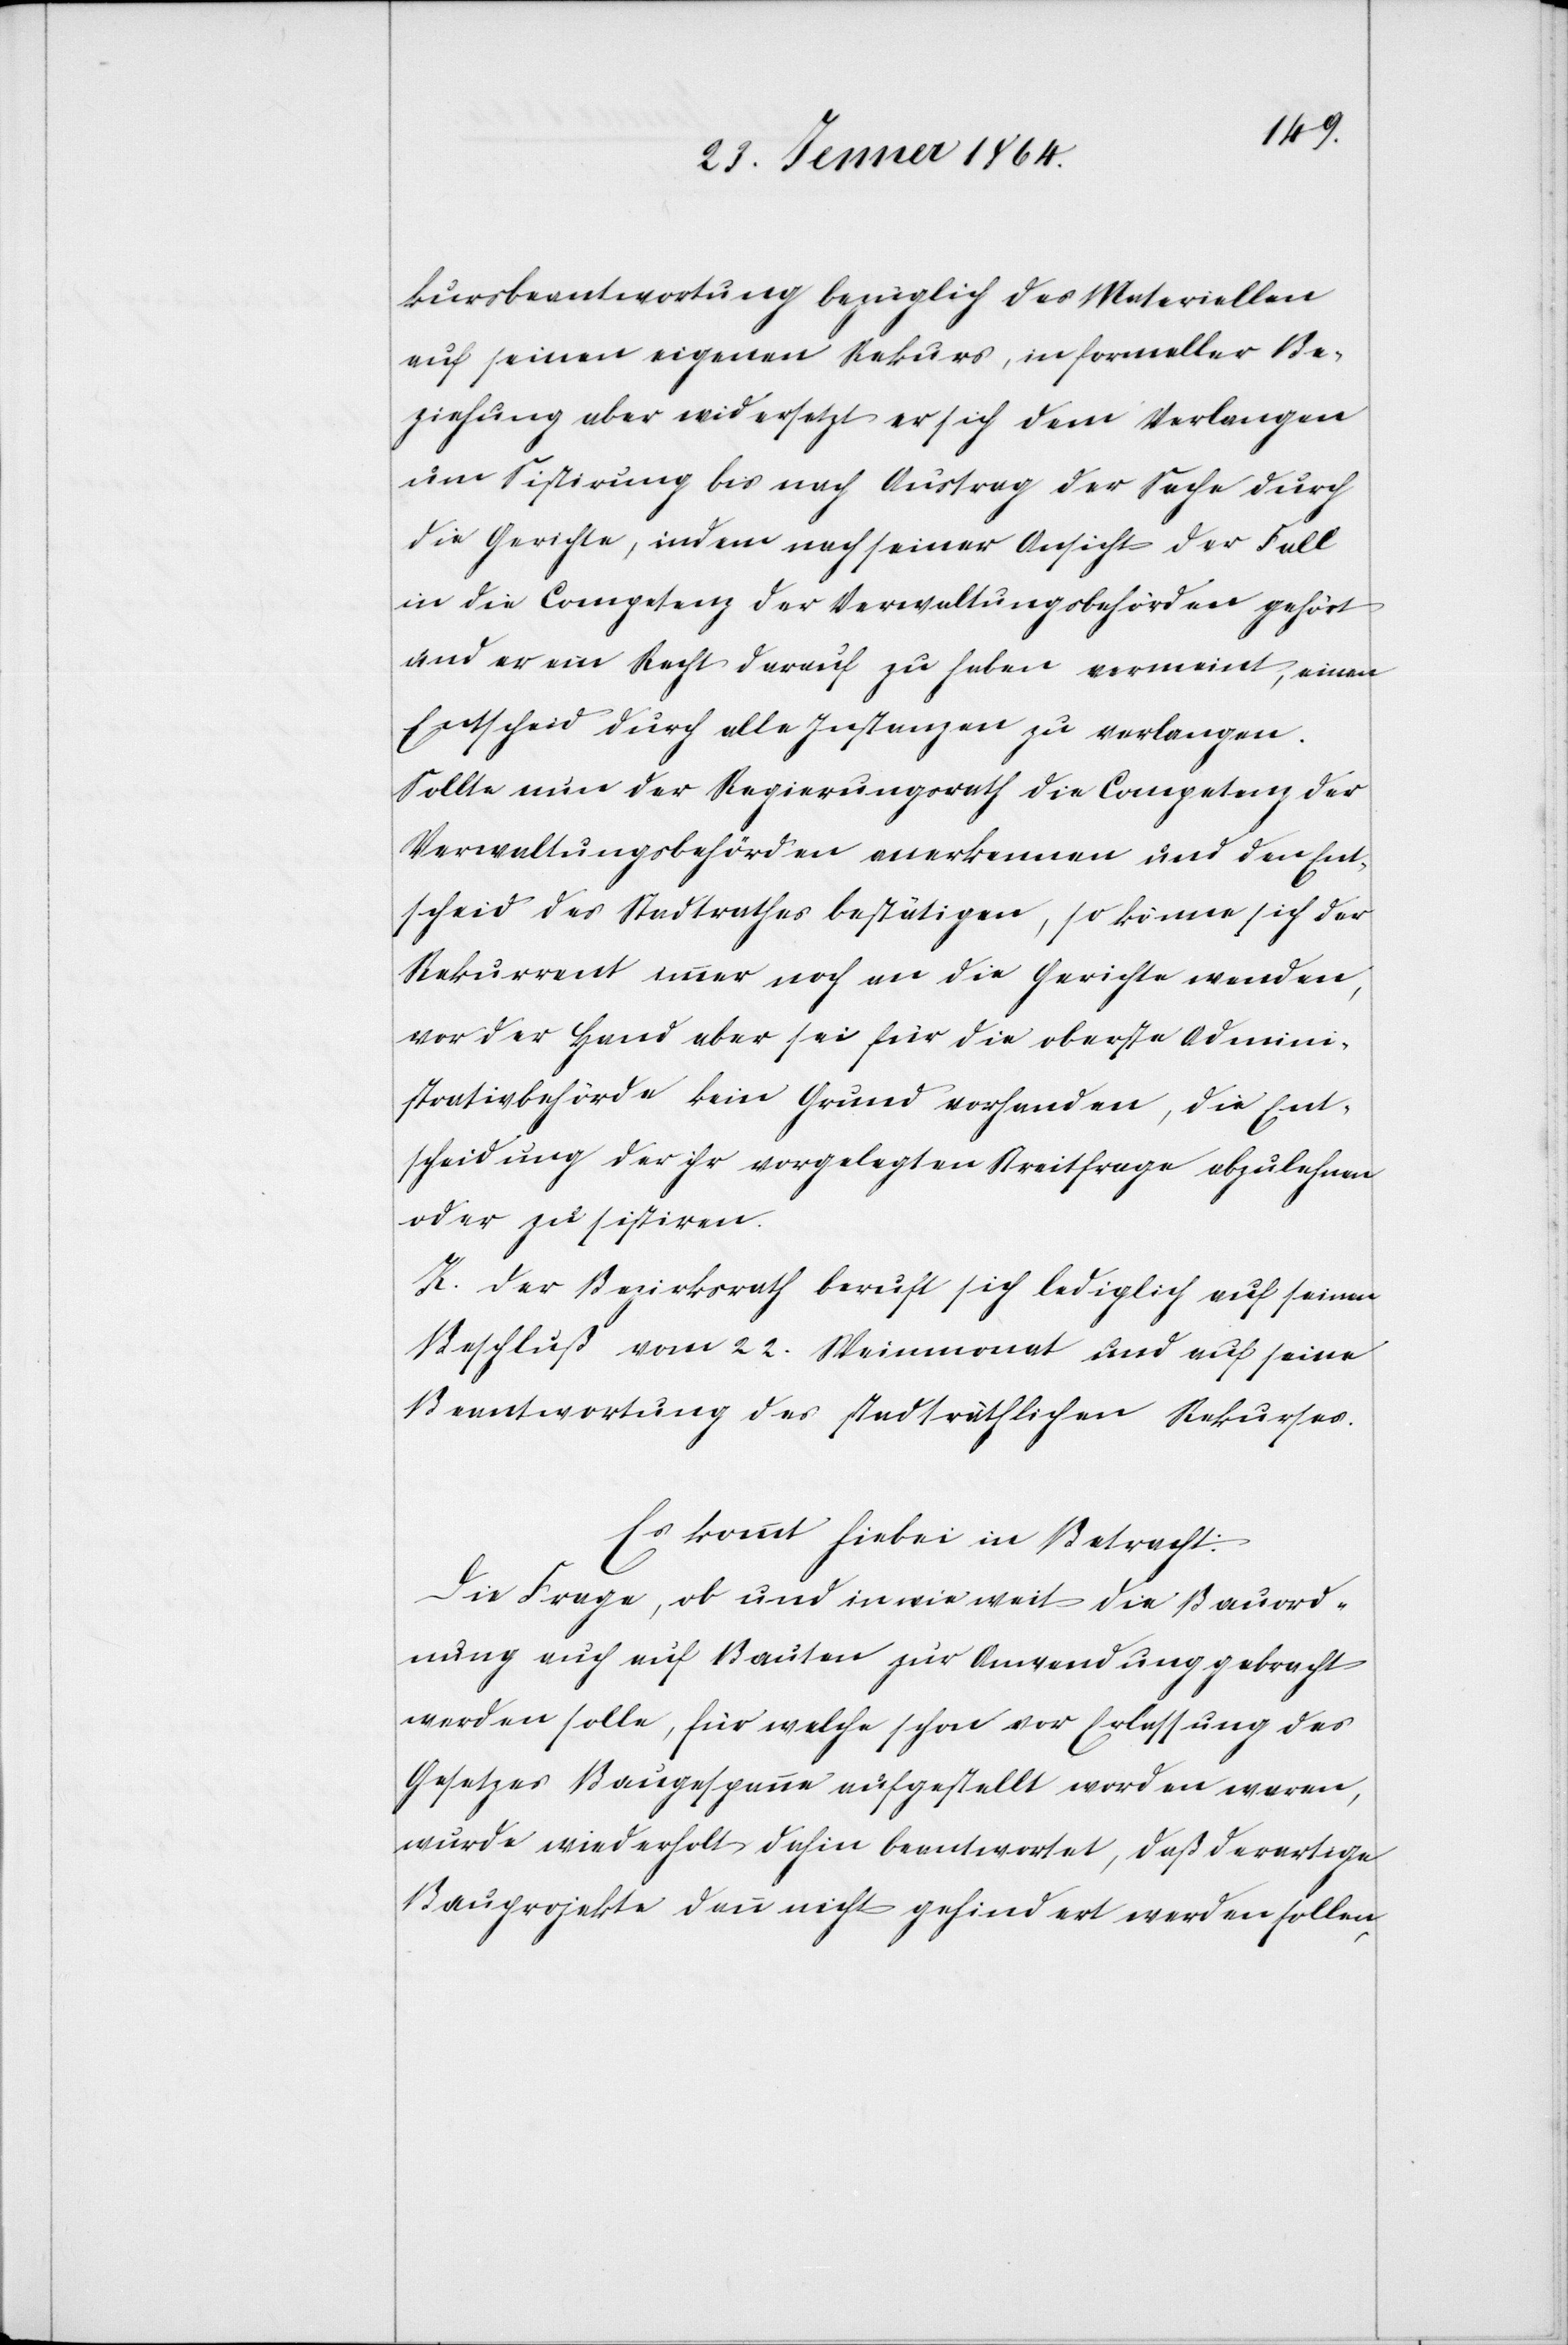
kursbeantwortung bezüglich des Materiellen
auf seinen eigenen Rekurs, in formeller Be¬
ziehung aber widersetzt er sich dem Verlangen
um Sistirung bis nach Austrag der Sache durch
die Gerichte, indem nach seiner Ansicht der Fall
in die Competenz der Verwaltungsbehörden gehört
und er ein Recht darauf zu haben vermeint, einen
Entscheid durch alle Instanzen zu verlangen.
Sollte nun der Regierungsrath die Competenz der
Verwaltungsbehörden anerkennen und den Ent¬
scheid des Stadtrathes bestätigen, so könne sich der
Rekurrent immer noch an die Gerichte wenden,
vor der Hand aber sei für die oberste Admini¬
strationsbehörde kein Grund vorhanden, die Ent¬
scheidung der ihr vorgelegten Streitfrage abzulehnen
oder zu sistiren.
K. Der Bezirksrath beruft sich lediglich auf seinen
Beschluß vom 22. Maimonat und auf seine
Beantwortung des stadträthlichen Rekurses.
Es kommt hiebei in Betracht:
Die Frage, ob und in wie weit die Bauord¬
nung auch auf Bauten zur Anwendung gebracht
werden solle, für welche schon vor Erlassung des
Gesetzes Baugespanne aufgestellt worden waren,
wurde wiederholt dahin beantwortet, daß derartige
Bauprojekte dann nicht gehindert werden sollen,